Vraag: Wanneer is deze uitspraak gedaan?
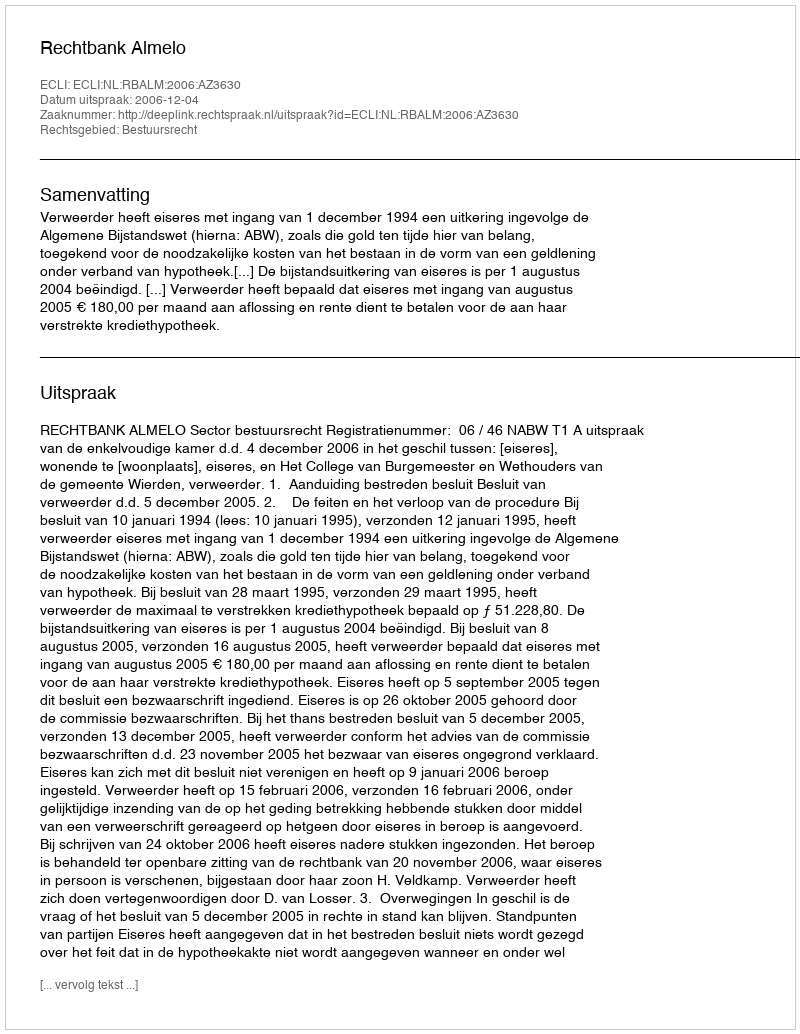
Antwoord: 2006-12-04